Punjab Mental Hospital Lahore 1932-46 - 1932-1946
Year: 1932
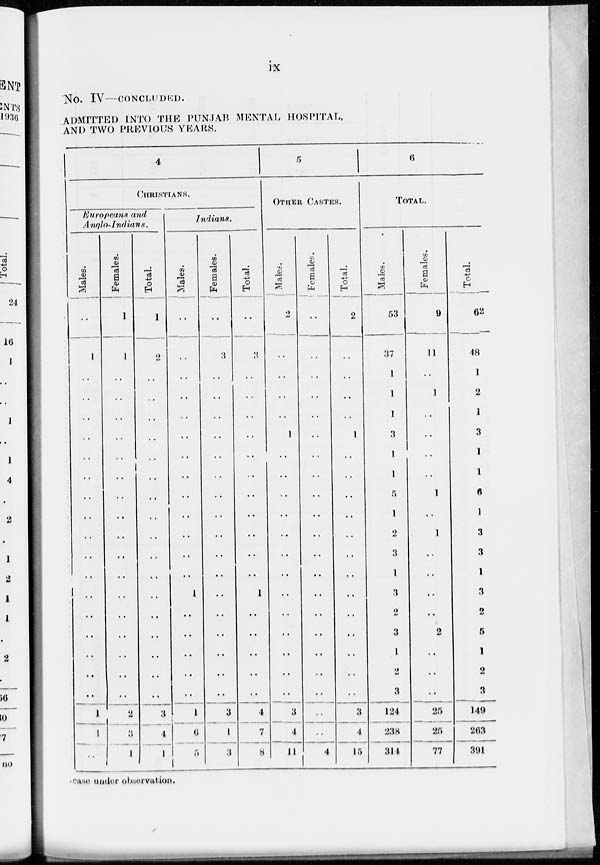
ix
No. IV- CONCLUDED.
ADMITTED INTO THE PUNJAB MENTAL HOSPITAL,
AND TWO PREVIOUS YEARS.
4
CHRISTIANS.
Europeans and
Anglo-Indians.
Males.
..
1
..
..
..
..
..
..
..
..
..
..
..
..
..
..
..
..
..
1
1
..
Females.
1
1
..
..
..
..
..
..
..
..
..
..
..
..
..
..
..
..
..
2
3
1
Total.
1
2
..
..
..
..
..
..
..
..
..
..
..
..
..
..
..
..
..
3
4
1
Indians.
Males.
..
..
..
..
..
..
..
..
..
..
..
..
..
1
..
..
..
..
..
1
6
5
Females.
..
3
..
..
..
..
..
..
..
..
..
..
..
..
..
..
..
..
..
3
1
3
Total.
..
3
..
..
..
..
..
..
..
..
..
..
..
1
..
..
..
..
..
4
7
8
5
OTHER
CASTES.
Males.
2
..
..
..
..
1
..
..
..
..
..
..
..
..
..
..
..
..
..
3
4
11
Females.
..
..
..
..
..
..
..
..
..
..
..
..
..
..
..
..
..
..
..
..
..
4
Total.
2
..
..
..
..
1
..
..
..
..
..
..
..
..
..
..
..
..
..
3
4
15
6
TOTAL.
Males.
53
37
1
1
1
3
1
1
5
1
2
3
1
3
2
3
1
2
3
124
238
314
Females.
9
11
..
1
..
..
..
..
1
..
1
..
..
..
..
2
..
..
..
25
25
77
Total.
62
48
1
2
1
3
1
1
6
1
3
3
1
3
2
5
1
2
3
149
263
391
case under observation.